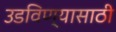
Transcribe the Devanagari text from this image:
उडविण्यासाठी